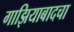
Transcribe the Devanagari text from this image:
गाझियाबादचा